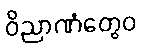
ဝိညာဏံတွေဝ